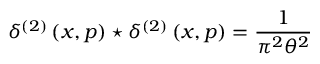
\delta ^ { \left( 2 \right) } \left( x , p \right) \star \delta ^ { \left( 2 \right) } \left( x , p \right) = \frac { 1 } { \pi ^ { 2 } \theta ^ { 2 } }